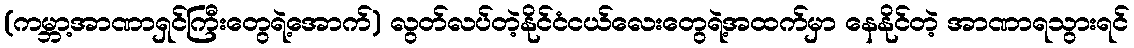
(ကမ္ဘာ့အာဏာရှင်ကြီးတွေရဲ့အောက်) လွတ်လပ်တဲ့နိုင်ငံငယ်လေးတွေရဲ့အထက်မှာ နေနိုင်တဲ့ အာဏာရသွားရင်